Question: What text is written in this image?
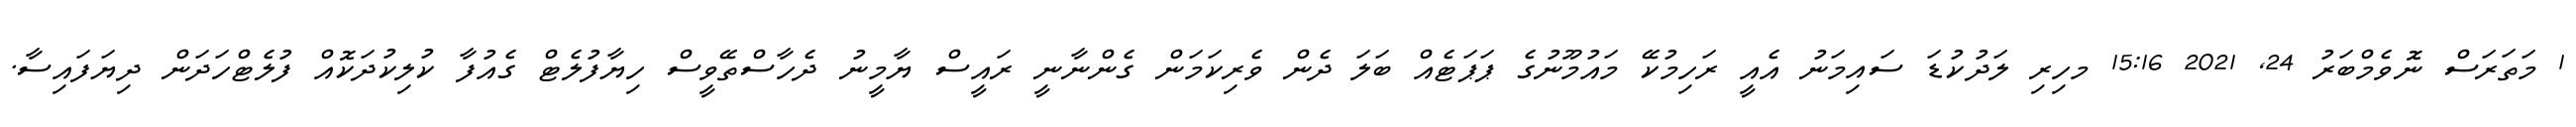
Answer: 1 މަތަރަސް ނޮވެމްބަރު 24, 2021 15:16 މހިރި ލަދުކުޑަ ސައިމަނު އެއީ ރަހިމުކޭ މައުމޫނުގެ ޕަޕަޓެއް ބަލަ ދެން ވެރިކަމަން ގެންނާނީ ރައީސް ޔާމީނު ދެހާސްތޭވީސް ހިޔާފުލެޓް ގެއުފާ ކުލިކުދަކޮއް ފުލެޓްހަދަން ދިޔަފައިސާ.